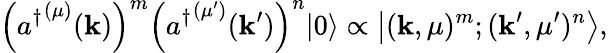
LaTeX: \left({a^{\dagger}}^{(\mu)}(\mathbf{k})\right)^{m}\left({a^{\dagger}}^{(\mu^{\prime})}(\mathbf{k}^{\prime})\right)^{n}|0\rangle\propto\left|(\mathbf{k},\mu)^{m};(\mathbf{k}^{\prime},\mu^{\prime})^{n}\right\rangle,